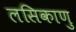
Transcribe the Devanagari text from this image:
लसिकाणु